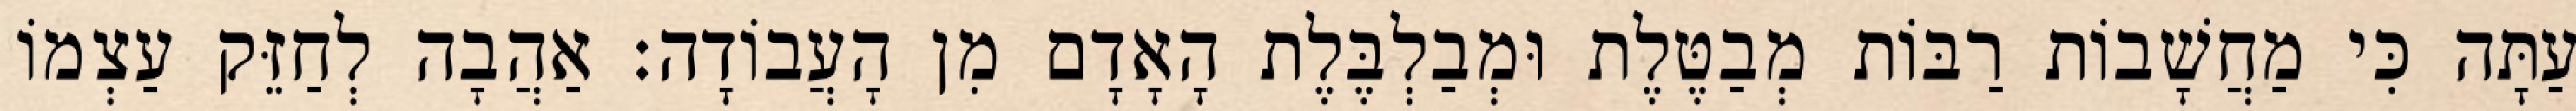
עַתָּה כִּי מַחֲשָׁבוֹת רַבּוֹת מְבַטֶּלֶת וּמְבַלְבֶּלֶת הָאָדָם מִן הָעֲבוֹדָה: אַהֲבָה לְחַזֵּק עַצְמוֹ